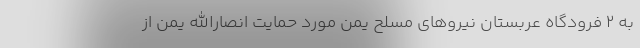
به ۲ فرودگاه عربستان نیروهای مسلح یمن مورد حمایت انصارالله یمن از